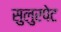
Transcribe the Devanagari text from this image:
सुलुरपेट